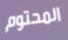
المحتوم